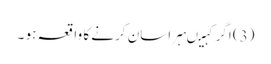
(3) اگر کہیںہراسان کرنے کا واقعہ ہو ۔